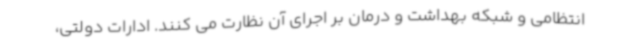
انتظامی و شبکه بهداشت و درمان بر اجرای آن نظارت می کنند. ادارات دولتی،